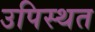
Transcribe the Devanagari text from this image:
उपिस्थत